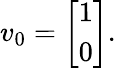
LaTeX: v_{0}={\left[\begin{array}{l}{1}\\ {0}\end{array}\right]}.